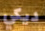
ديكي